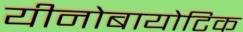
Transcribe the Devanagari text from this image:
यीनोबायोटिक